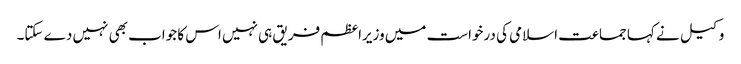
وکیل نے کہا جماعت اسلامی کی درخواست میں وزیراعظم فریق ہی نہیں اس کا جواب بھی نہیں دے سکتا۔